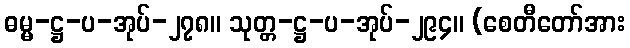
ဓမ္မ-ဋ္ဌ-ပ-အုပ်-၂၇၈။ သုတ္တ-ဋ္ဌ-ပ-အုပ်-၂၉၄။ (စေတီတော်အား